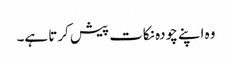
وہ اپنے چودہ نکات پیش کرتا ہے۔